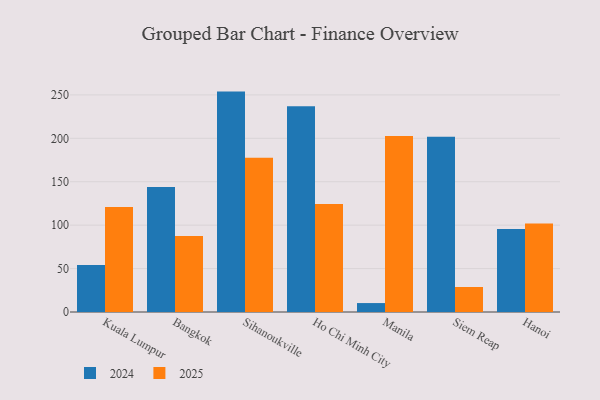
{"axis": {"x": "City", "y": "Temperature (°C)"}, "legend": ["2024", "2025"], "data": [{"x": "Kuala Lumpur", "y": 54.2, "type": "2024"}, {"x": "Kuala Lumpur", "y": 120.9, "type": "2025"}, {"x": "Bangkok", "y": 143.9, "type": "2024"}, {"x": "Bangkok", "y": 87.6, "type": "2025"}, {"x": "Sihanoukville", "y": 253.8, "type": "2024"}, {"x": "Sihanoukville", "y": 177.7, "type": "2025"}, {"x": "Ho Chi Minh City", "y": 236.8, "type": "2024"}, {"x": "Ho Chi Minh City", "y": 124.4, "type": "2025"}, {"x": "Manila", "y": 10.3, "type": "2024"}, {"x": "Manila", "y": 202.8, "type": "2025"}, {"x": "Siem Reap", "y": 201.8, "type": "2024"}, {"x": "Siem Reap", "y": 28.8, "type": "2025"}, {"x": "Hanoi", "y": 95.6, "type": "2024"}, {"x": "Hanoi", "y": 101.8, "type": "2025"}]}